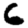
Digit: 6